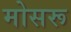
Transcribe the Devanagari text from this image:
मोसरू